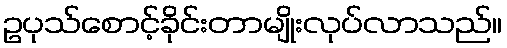
ဥပုသ်စောင့်ခိုင်းတာမျိုးလုပ်လာသည်။